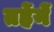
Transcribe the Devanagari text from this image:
तर्हेनें